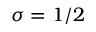
\sigma = 1 / 2